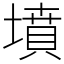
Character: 墳